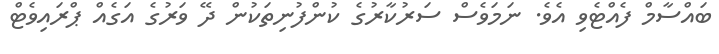
ބައްސާމް ފެއްޓެވި އެވެ. ނަމަވެސް ސަރުކާރުގެ ކުންފުނިތަކުން ދޭ ވަރުގެ އަގެއް ޕްރައިވެޓް